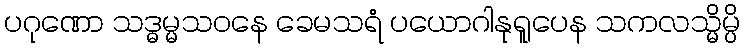
ပဂုဏော သဒ္ဓမ္မသဝနေ ခေမသရံ ပယောဂါနုရူပေန သကလသ္မိမ္ပိ